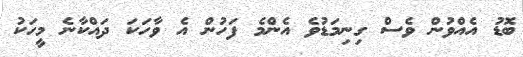
ބޮޑު އެއްވުން ވެސް ގިނިމަޑުވެ އެންމެ ފަހުން އެ ވާހަކަ ދައްކާނެ މީހަކު